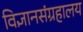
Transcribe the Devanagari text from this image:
विज्ञानसंग्रहालय